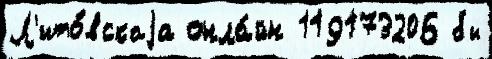
Л'ито́вскаjа онла́йн 119173206 бы